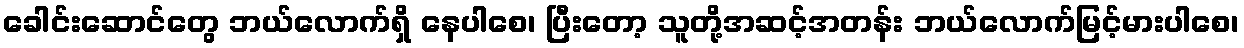
ခေါင်းဆောင်တွေ ဘယ်လောက်ရှိ နေပါစေ၊ ပြီးတော့ သူတို့အဆင့်အတန်း ဘယ်လောက်မြင့်မားပါစေ၊